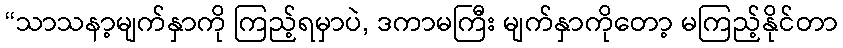
“သာသနာ့မျက်နှာကို ကြည့်ရမှာပဲ, ဒကာမကြီး မျက်နှာကိုတော့ မကြည့်နိုင်တာ